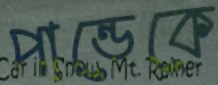
পান্ডেকে